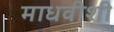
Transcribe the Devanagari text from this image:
माधवीशी